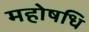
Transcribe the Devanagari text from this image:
महोषधि